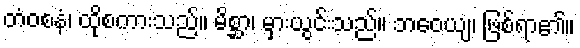
တံဝစနံ၊ ထိုစကားသည်။ မိစ္ဆာ၊ မှားယွင်းသည်။ ဘဝေယျ၊ ဖြစ်ရာ၏။